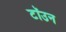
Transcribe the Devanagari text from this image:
टॉउन